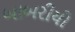
બાબરીયો